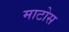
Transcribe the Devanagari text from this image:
माटोस